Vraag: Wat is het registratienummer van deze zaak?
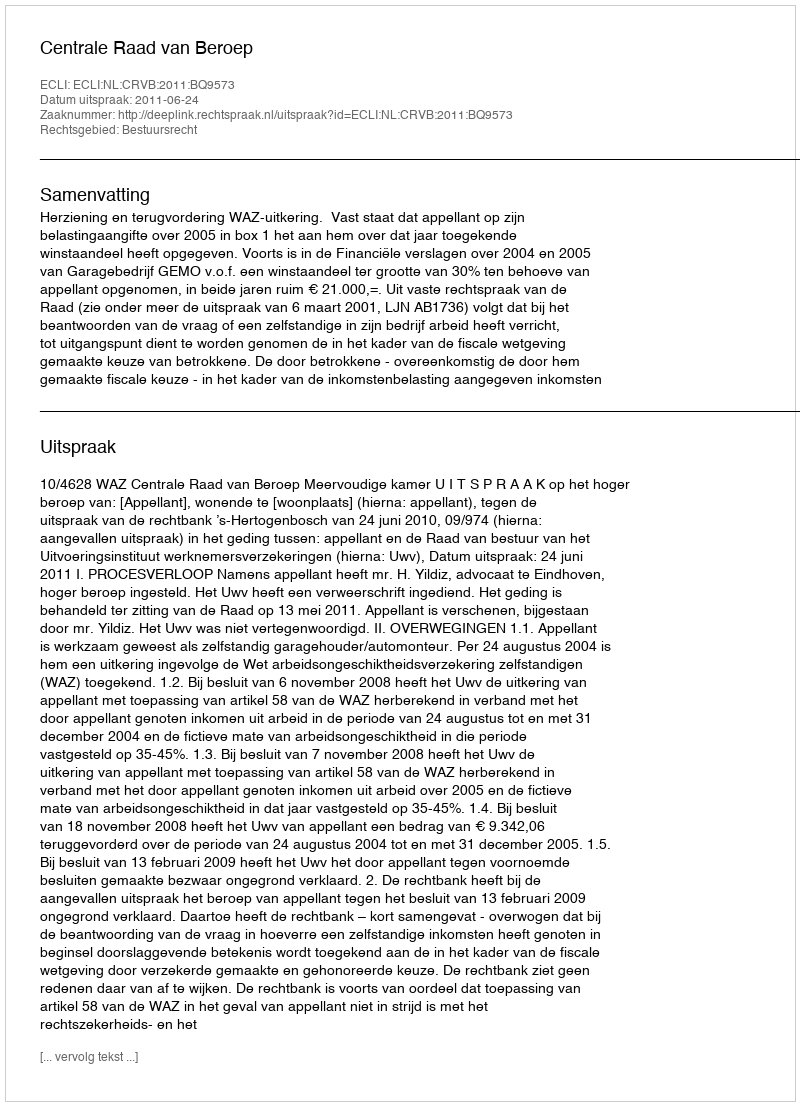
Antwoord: http://deeplink.rechtspraak.nl/uitspraak?id=ECLI:NL:CRVB:2011:BQ9573